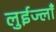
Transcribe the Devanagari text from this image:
लुईज्लाँ